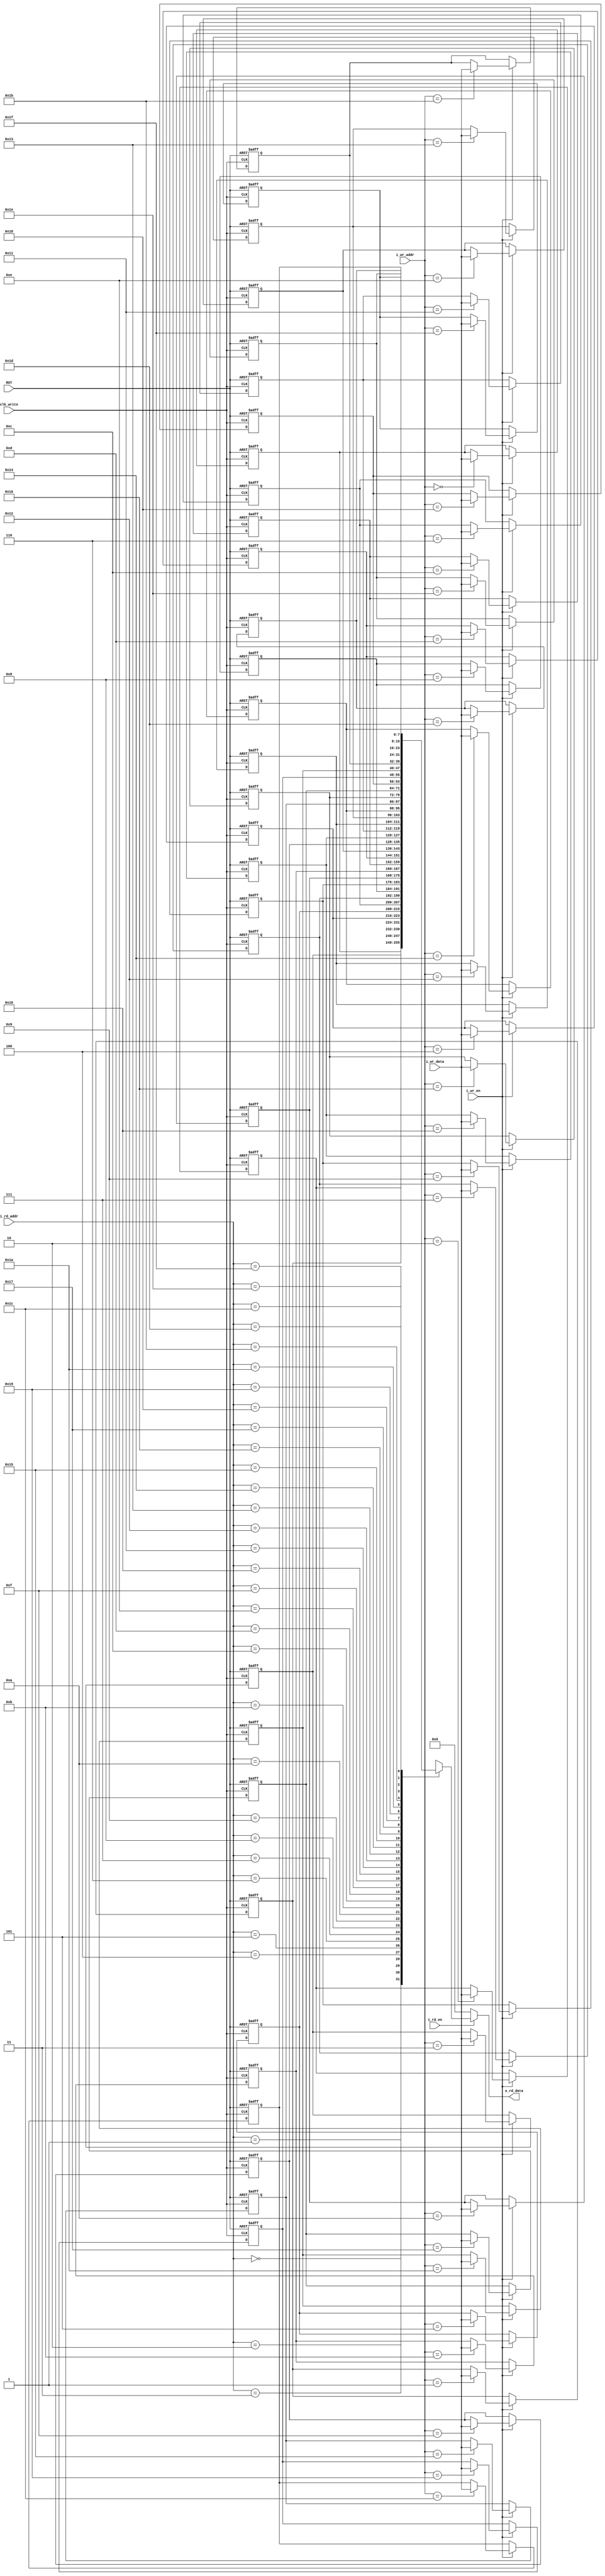
module RAM #(
    parameter DATA_WIDTH='d8 , ADDR_WIDTH='d5  ,DEPTH='d32 //ADDR_WIDTH=$clog2(DEPTH)
) (
    input  wire                  clk_write,
    //input  wire                  clk_read ,
    input  wire                  RST      ,

    input  wire [ADDR_WIDTH-1:0] i_wr_addr,
    input  wire [DATA_WIDTH-1:0] i_wr_data,
    input  wire                  i_wr_en  ,
 
    input  wire [ADDR_WIDTH-1:0] i_rd_addr,
    input  wire                  i_rd_en  ,
    output reg [DATA_WIDTH-1:0] o_rd_data


);

reg [DATA_WIDTH-1:0] FIFO_Fabric [0:DEPTH-1];
integer RST_Index;

always @(posedge clk_write or negedge RST ) begin
    if (!RST) begin
        for (RST_Index =0 ;RST_Index < DEPTH ;RST_Index=RST_Index+1'b1 ) begin
            FIFO_Fabric[RST_Index]<='b0;
        end
    end else if(i_wr_en) begin
        FIFO_Fabric[i_wr_addr]<=i_wr_data;
    end
    
end
always @(*) begin
    if (i_rd_en) begin
        o_rd_data=FIFO_Fabric[i_rd_addr];
    end else begin
        o_rd_data='b0;
    end
end
 

endmodule